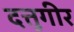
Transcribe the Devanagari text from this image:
दत्तुगीर